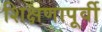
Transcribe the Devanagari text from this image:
शिक्षणापूर्वी